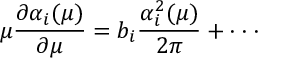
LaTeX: \mu \frac { \partial \alpha _ { i } ( \mu ) } { \partial \mu } = b _ { i } \frac { \alpha _ { i } ^ { 2 } ( \mu ) } { 2 \pi } + \cdot \cdot \cdot